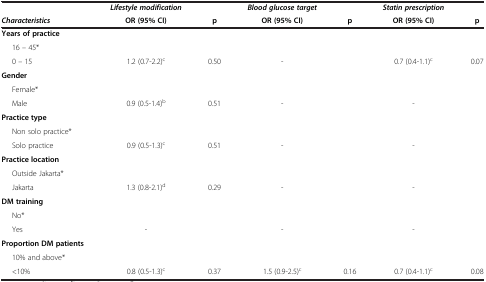
<table><thead><tr><td><b> </b></td><td><b><i>Lifestyle modification</i></b></td><td><b> </b></td><td><b><i>Blood glucose target</i></b></td><td><b> </b></td><td><b><i>Statin prescription</i></b></td><td><b> </b></td></tr><tr><td><b><i>Characteristics</i></b></td><td><b>OR (95% CI)</b></td><td><b>p</b></td><td><b>OR (95% CI)</b></td><td><b>p</b></td><td><b>OR (95% CI)</b></td><td><b>p</b></td></tr></thead><tbody><tr><td><b>Years of practice</b></td><td> </td><td> </td><td> </td><td> </td><td> </td><td> </td></tr><tr><td>16 – 45*</td><td> </td><td> </td><td> </td><td> </td><td> </td><td> </td></tr><tr><td>0 – 15</td><td>1.2 (0.7-2.2)<sup>c</sup></td><td>0.50</td><td>-</td><td> </td><td>0.7 (0.4-1.1)<sup>c</sup></td><td>0.07</td></tr><tr><td><b>Gender</b></td><td> </td><td> </td><td> </td><td> </td><td> </td><td> </td></tr><tr><td>Female*</td><td> </td><td> </td><td> </td><td> </td><td> </td><td> </td></tr><tr><td>Male</td><td>0.9 (0.5-1.4)<sup>b</sup></td><td>0.51</td><td>-</td><td> </td><td>-</td><td> </td></tr><tr><td><b>Practice type</b></td><td> </td><td> </td><td> </td><td> </td><td> </td><td> </td></tr><tr><td>Non solo practice*</td><td> </td><td> </td><td> </td><td> </td><td> </td><td> </td></tr><tr><td>Solo practice</td><td>0.9 (0.5-1.3)<sup>c</sup></td><td>0.51</td><td>-</td><td> </td><td>-</td><td> </td></tr><tr><td><b>Practice location</b></td><td> </td><td> </td><td> </td><td> </td><td> </td><td> </td></tr><tr><td>Outside Jakarta*</td><td> </td><td> </td><td> </td><td> </td><td> </td><td> </td></tr><tr><td>Jakarta</td><td>1.3 (0.8-2.1)<sup>d</sup></td><td>0.29</td><td>-</td><td> </td><td>-</td><td> </td></tr><tr><td><b>DM training</b></td><td> </td><td> </td><td> </td><td> </td><td> </td><td> </td></tr><tr><td>No*</td><td> </td><td> </td><td> </td><td> </td><td> </td><td> </td></tr><tr><td>Yes</td><td>-</td><td> </td><td>-</td><td> </td><td>-</td><td> </td></tr><tr><td><b>Proportion DM patients</b></td><td> </td><td> </td><td> </td><td> </td><td> </td><td> </td></tr><tr><td>10% and above*</td><td> </td><td> </td><td> </td><td> </td><td> </td><td> </td></tr><tr><td>&lt;10%</td><td>0.8 (0.5-1.3)<sup>c</sup></td><td>0.37</td><td>1.5 (0.9-2.5)<sup>c</sup></td><td>0.16</td><td>0.7 (0.4-1.1)<sup>c</sup></td><td>0.08</td></tr></tbody></table>